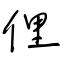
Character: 俚